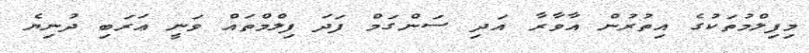
މިފިލްމުތަކުގެ އިތުރުން އާވާރާ އަދި ސަންގަމް ފަދަ ފިލްމްތައް ވަނީ ޢަރަބި ދުނިޔެ